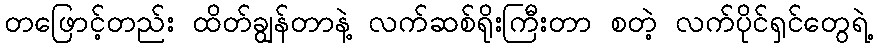
တဖြောင့်တည်း ထိတ်ချွန်တာနဲ့ လက်ဆစ်ရိုးကြီးတာ စတဲ့ လက်ပိုင်ရှင်တွေရဲ့